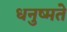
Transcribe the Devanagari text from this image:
धनुष्मते